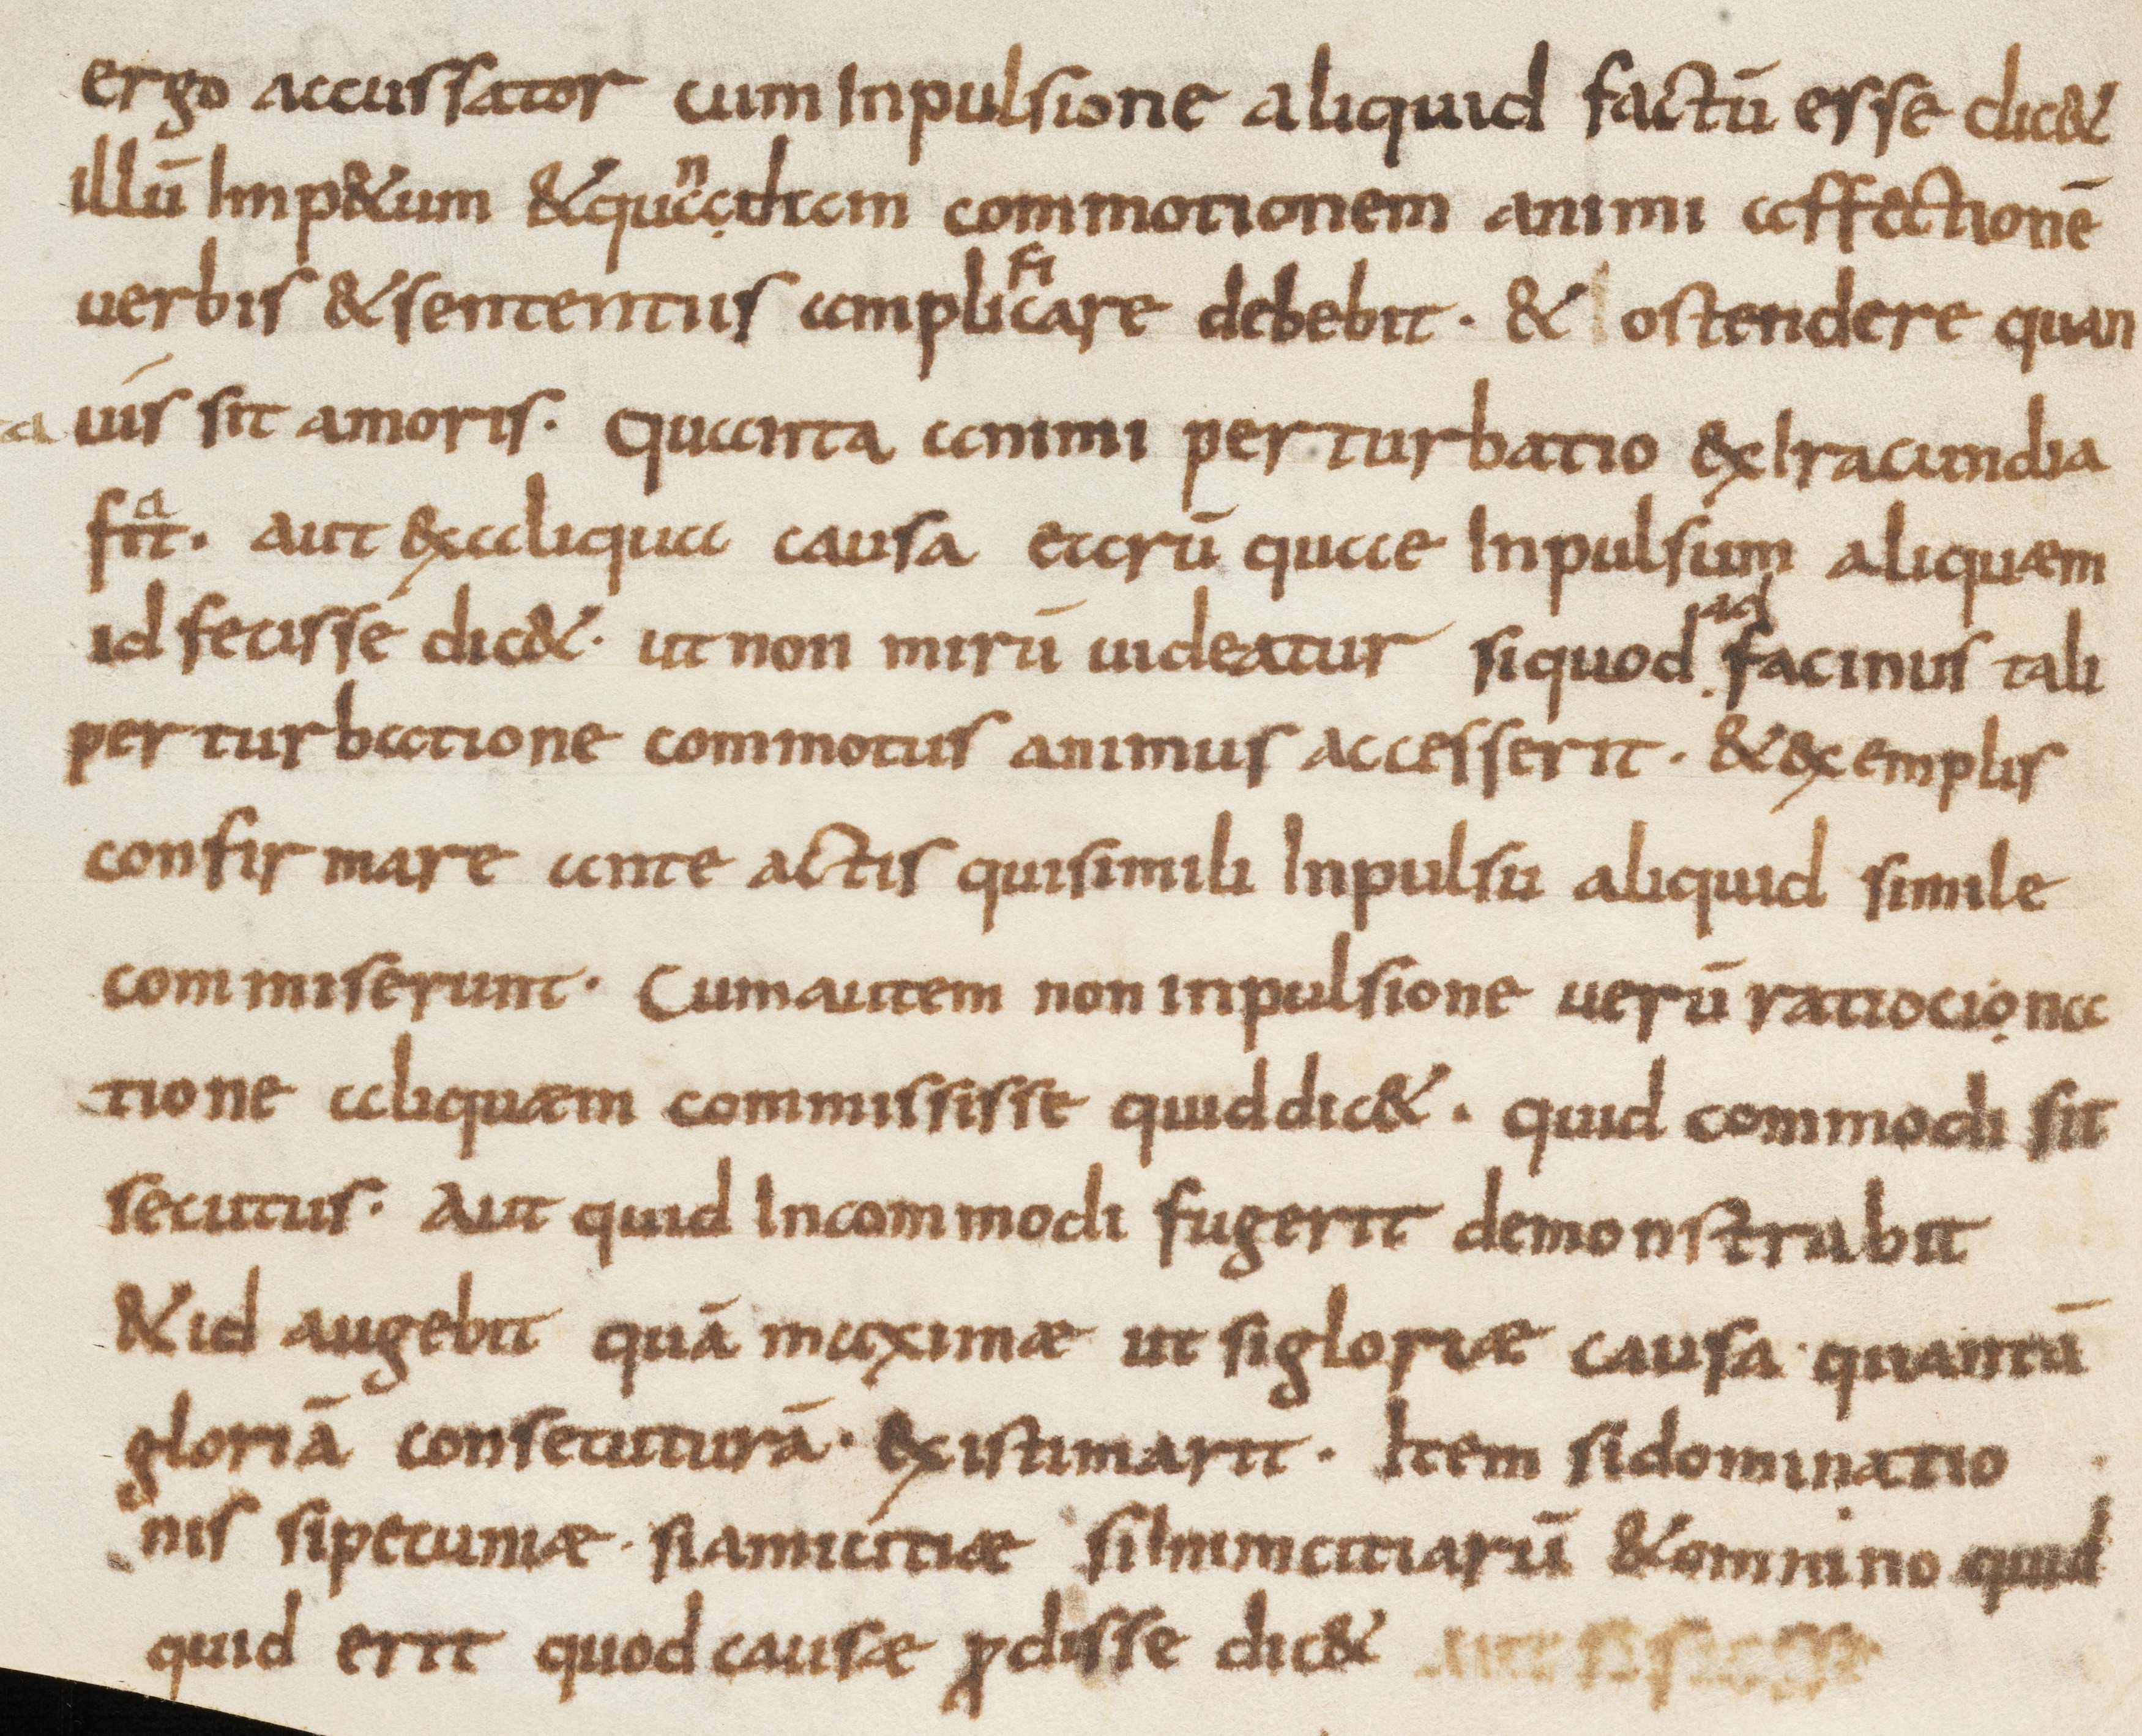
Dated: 800–899